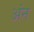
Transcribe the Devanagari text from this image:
अंन